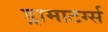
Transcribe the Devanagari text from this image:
ड्रामाटर्ग्स